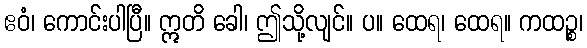
ဧဝံ၊ ကောင်းပါပြီ။ ဣတိ ခေါ၊ ဤသို့လျင်။ ပ။ ထေရ၊ ထေရ။ ကထဉ္စ၊